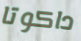
داكوتا